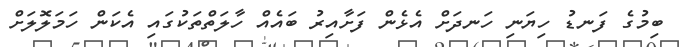
ބިމުގެ ފަނޑު ހިޔަނި ހަނދަށް އެޅެން ފަށާއިރު ބައެއް ހާލަތްތަކުގައި އެކަން ހަމަލޮލަށް